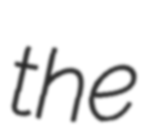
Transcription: the